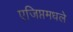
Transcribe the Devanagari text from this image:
एजिप्तमधले